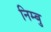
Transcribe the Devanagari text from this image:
निम्बु